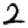
Digit: 2